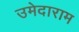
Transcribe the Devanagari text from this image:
उमेदाराम